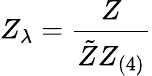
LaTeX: Z_{\lambda}=\frac{Z}{\tilde{Z}Z_{(4)}}